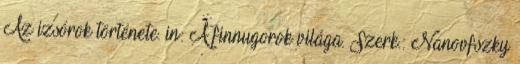
Az izsórok története. in: A finnugorok világa. Szerk.: Nanovfszky